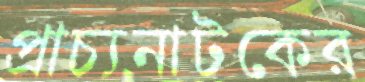
প্রাচ্যনাটকের